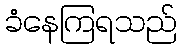
ခံနေကြရသည်